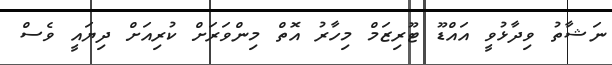
ނަޝާތު ވިދާޅުވީ އައްޑޫ ޓޫރިޒަމް މިހާރު އޮތް މިންވަރަށް ކުރިއަށް ދިޔައީ ވެސް